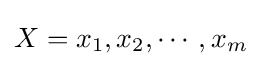
X=x_{1},x_{2},\cdots ,x_{m}